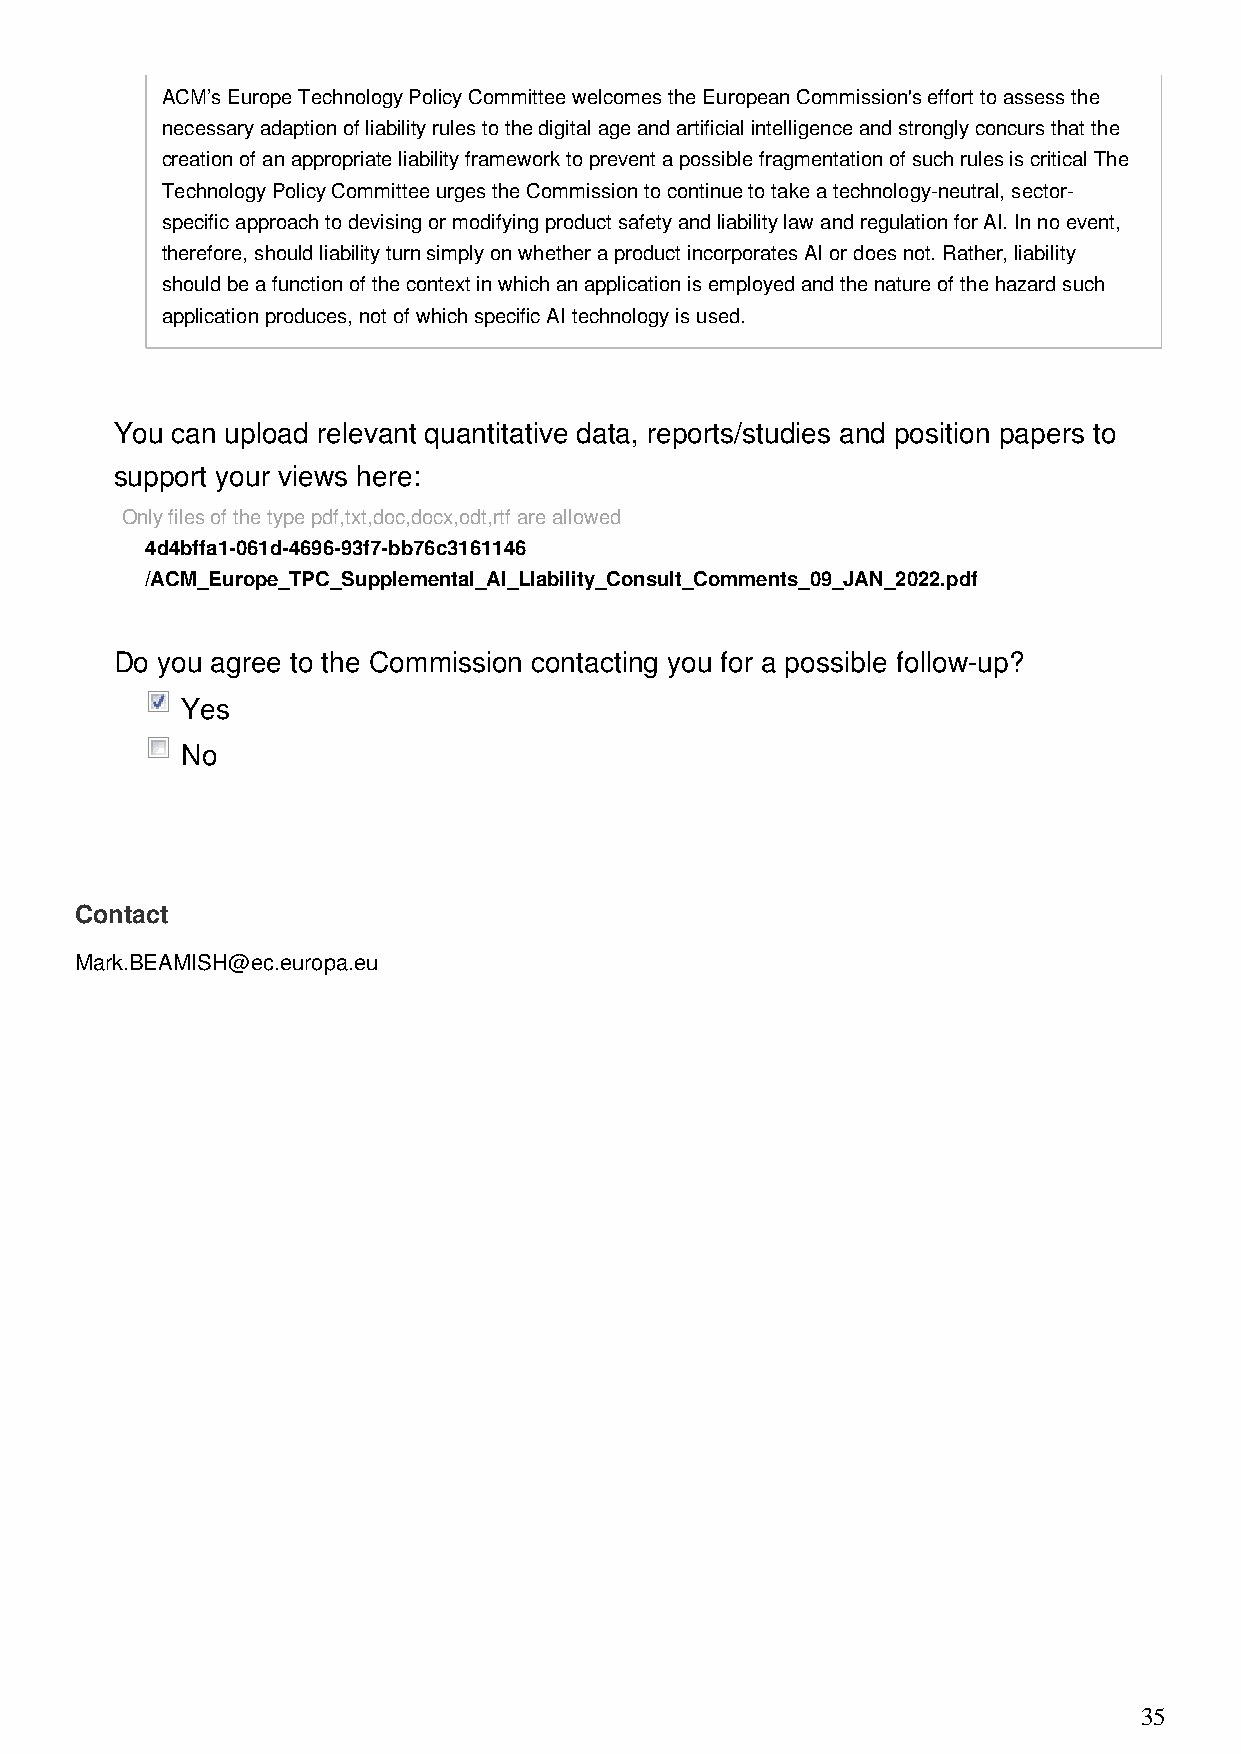
ACM’s Europe Technology Policy Committee welcomes the European Commission's effort to assess the
 necessary adaption of liability rules to the digital age and artificial intelligence and strongly concurs that the
 creation of an appropriate liability framework to prevent a possible fragmentation of such rules is critical The
 Technology Policy Committee urges the Commission to continue to take a technology-neutral, sector-
 specific approach to devising or modifying product safety and liability law and regulation for AI. In no event,
 therefore, should liability turn simply on whether a product incorporates AI or does not. Rather, liability
 should be a function of the context in which an application is employed and the nature of the hazard such
 application produces, not of which specific AI technology is used.
 You can upload relevant quantitative data, reports/studies and position papers to
 support your views here:
 Only files of the type pdf,txt,doc,docx,odt,rtf are allowed
 4d4bffa1-061d-4696-93f7-bb76c3161146
 /ACM_Europe_TPC_Supplemental_AI_LIability_Consult_Comments_09_JAN_2022.pdf
 Do you agree to the Commission contacting you for a possible follow-up?
 Yes
 No
 Contact
 Mark.BEAMISH@ec.europa.eu
 35